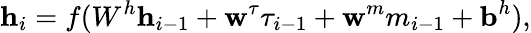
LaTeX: \textbf{h}_{i}=f(W^{h}\textbf{h}_{i-1}+\textbf{w}^{\tau}\tau_{i-1}+\textbf{w}^{m}m_{i-1}+\textbf{b}^{h}),